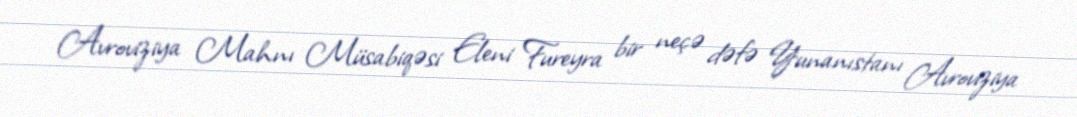
Avroviziya Mahnı Müsabiqəsi Eleni Fureyra bir neçə dəfə Yunanıstanı Avroviziya